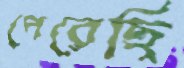
পেরেছি